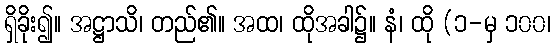
ရှိခိုး၍။ အဋ္ဌာသိ၊ တည်၏။ အထ၊ ထိုအခါ၌။ နံ၊ ထို (၁-မှ ၁၀၀၊